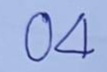
04